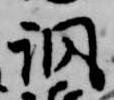
諷